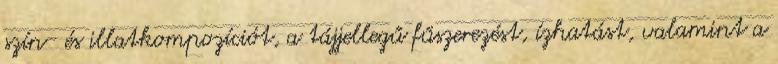
szín- és illatkompozíciót, a tájjellegű fűszerezést, ízhatást, valamint a